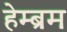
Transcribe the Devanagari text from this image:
हेम्‍ब्रम